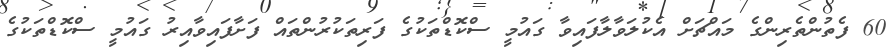
60 ފެތުންތެރިންގެ މައްޗަށް އެކުލަވާލާފައިވާ ގައުމީ ސްކޮޑްތަކުގެ ފަރިތަކުރުންތައް ފަށާފައިވާއިރު ގައުމީ ސްކޮޑްތަކުގެ